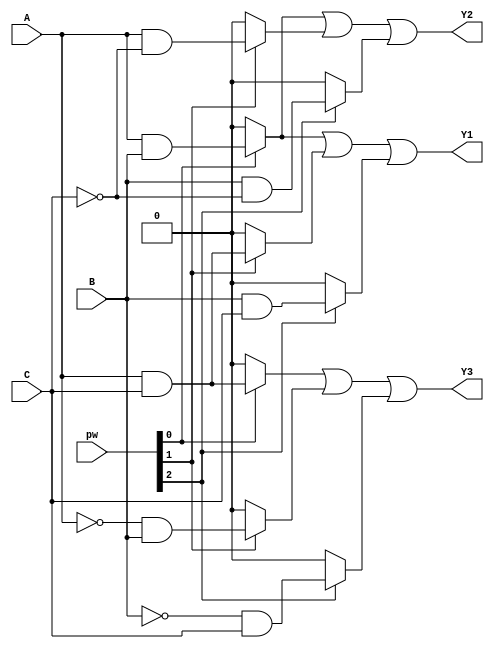
module FusedPAL (
    input wire A,
    input wire B,
    input wire C,
    input wire [2:0] pw,      // Programmable wires for AND gates
    output wire Y1,
    output wire Y2,
    output wire Y3
);

// Programmable AND gates: Each output can have multiple AND gate configurations
wire and1, and2, and3;       // Outputs from the AND gates

// AND gate configurations
assign and1 = (pw[0] ? (A & B) : 1'b0) | (pw[1] ? (A & C) : 1'b0) | (pw[2] ? (B & C) : 1'b0); // Configuration for Y1
assign and2 = (pw[0] ? (A & B) : 1'b0) | (pw[1] ? (A & ~C) : 1'b0) | (pw[2] ? (B & ~C) : 1'b0); // Configuration for Y2
assign and3 = (pw[0] ? (A & C) : 1'b0) | (pw[1] ? (~A & B) : 1'b0) | (pw[2] ? (~B & C) : 1'b0); // Configuration for Y3

// OR gates to combine the outputs of the AND gates
assign Y1 = and1; // Y1 output from AND gates connected to fixed OR gate
assign Y2 = and2; // Y2 output from AND gates connected to fixed OR gate
assign Y3 = and3; // Y3 output from AND gates connected to fixed OR gate

endmodule